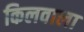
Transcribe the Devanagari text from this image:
किलवाला